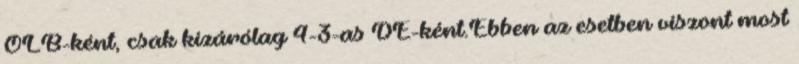
OLB-ként, csak kizárólag 4-3-as DE-ként.Ebben az esetben viszont most